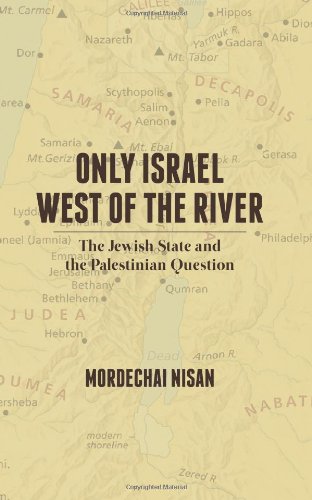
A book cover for Only Israel West of the River: The Jewish State & the Palestinian Question; Mordechai Nisan; Crafts, Hobbies & Home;